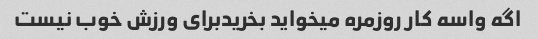
اگه واسه کار روزمره میخواید بخریدبرای ورزش خوب نیست